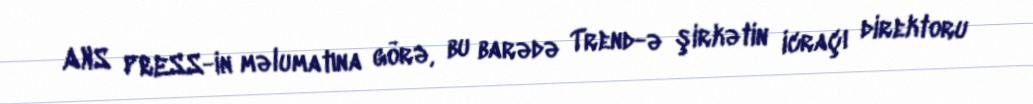
ANS PRESS-in məlumatına görə, bu barədə Trend-ə şirkətin icraçı direktoru